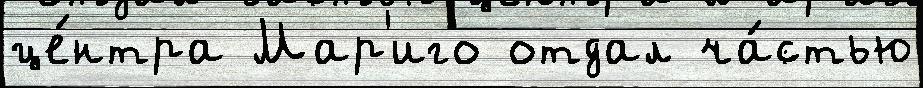
це́нтра Мар'иго отдал ча́стью